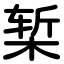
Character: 椠